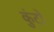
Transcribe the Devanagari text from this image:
कुंटो